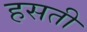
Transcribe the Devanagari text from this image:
हसती